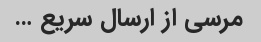
مرسی از ارسال سریع …